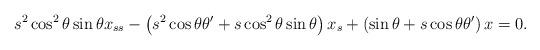
LaTeX: \begin{align*}s^{2}\cos ^{2}\theta \sin \theta x_{ss}-\left(s^{2}\cos \theta \theta^{\prime}+s\cos ^{2}\theta \sin \theta \right)x_{s}+\left(\sin \theta+s\cos \theta \theta ^{\prime }\right)x=0. \end{align*}